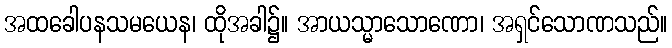
အထခေါပနသမယေန၊ ထိုအခါ၌။ အာယသ္မာသောဏော၊ အရှင်သောဏသည်။